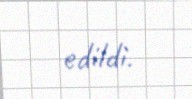
edildi.